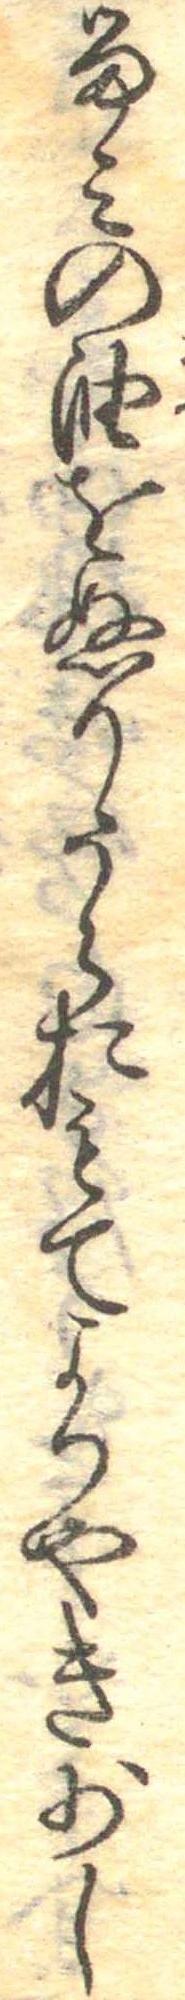
るみの油をぬりうらおもてよりやき少し